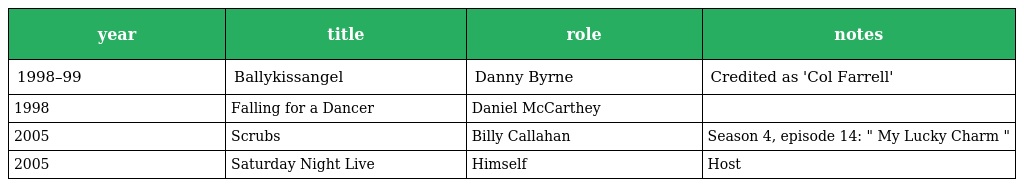
| year | title | role | notes |
 | --- | --- | --- | --- |
 | 1998–99 | Ballykissangel | Danny Byrne | Credited as 'Col Farrell' |
 | 1998 | Falling for a Dancer | Daniel McCarthey |  |
 | 2005 | Scrubs | Billy Callahan | Season 4, episode 14: " My Lucky Charm " |
 | 2005 | Saturday Night Live | Himself | Host |